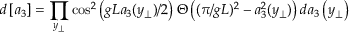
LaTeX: d \left[ a _ { 3 } \right] = \prod _ { y _ { \perp } } \cos ^ { 2 } \left( g L a _ { 3 } ( y _ { \perp } ) / 2 \right) \Theta \left( ( \pi / g L ) ^ { 2 } - a _ { 3 } ^ { 2 } ( y _ { \perp } ) \right) d a _ { 3 } \left( y _ { \perp } \right)